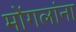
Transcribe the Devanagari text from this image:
मोंगलांना